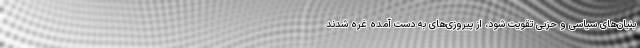
بنیان‌های سیاسی و حزبی تقویت شود، از پیروزی‌های به دست آمده غره شدند